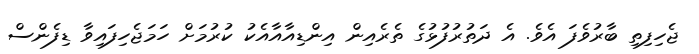
ޖެހިފިތި ބާރުވެފަ އެވެ. އެ ދަތުރުފުޅުގެ ތެރެއިން އިންޑިއާއާއެކު ކުރުމަށް ހަމަޖެހިފައިވާ ޑިފެންސް